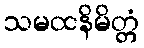
သမထနိမိတ္တံ